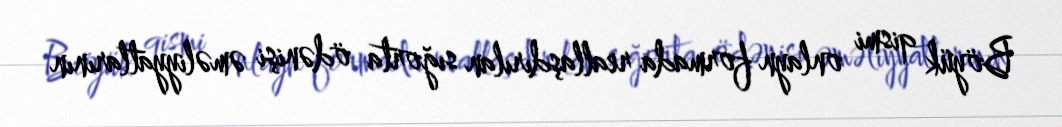
Böyük qismi onlayn formada reallaşdırılan sığorta ödənişi əməliyyatlarının